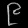
Digit: ၉